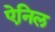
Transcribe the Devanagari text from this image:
ऐनिल